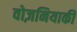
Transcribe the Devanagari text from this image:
वोज़नियाकी